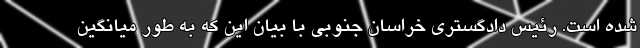
شده است. رئیس دادگستری خراسان جنوبی با بیان این که به طور میانگین